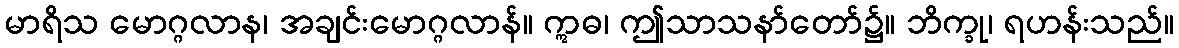
မာရိသ မောဂ္ဂလာန၊ အချင်းမောဂ္ဂလာန်။ ဣဓ၊ ဤသာသနာ်တော်၌။ ဘိက္ခု၊ ရဟန်းသည်။